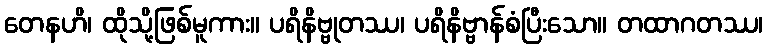
တေနဟိ၊ ထိုသို့ဖြစ်မူကား။ ပရိနိဗ္ဗုတဿ၊ ပရိနိဗ္ဗာန်စံပြီးသော။ တထာဂတဿ၊